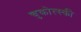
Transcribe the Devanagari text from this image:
चुकोत्स्की